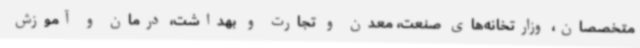
متخصصان، وزارتخانه‌های صنعت، معدن و تجارت و بهداشت، درمان و آموزش